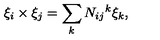
\xi _ { i } \times \xi _ { j } = \sum _ { k } N _ { i j } { } ^ { k } \xi _ { k } ,